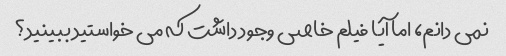
نمی دانم، اما آیا فیلم خاصی وجود داشت که می خواستید ببینید؟